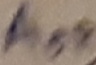
Text: AOR